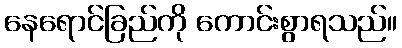
နေရောင်ခြည်ကို ကောင်းစွာရသည်။